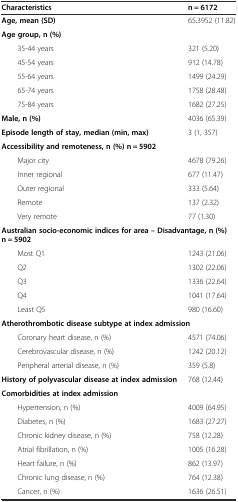
<table><thead><tr><td><b>Characteristics</b></td><td><b>n = 6172</b></td></tr></thead><tbody><tr><td><b>Age, mean (SD)</b></td><td>65.3952 (11.82)</td></tr><tr><td><b>Age group, n (%)</b></td><td></td></tr><tr><td>35-44 years</td><td>321 (5.20)</td></tr><tr><td>45-54 years</td><td>912 (14.78)</td></tr><tr><td>55-64 years</td><td>1499 (24.29)</td></tr><tr><td>65-74 years</td><td>1758 (28.48)</td></tr><tr><td>75-84 years</td><td>1682 (27.25)</td></tr><tr><td><b>Male, n (%)</b></td><td>4036 (65.39)</td></tr><tr><td><b>Episode length of stay, median (min, max)</b></td><td>3 (1, 357)</td></tr><tr><td colspan="2"><b>Accessibility and remoteness, n (%) n = 5902</b></td></tr><tr><td>Major city</td><td>4678 (79.26)</td></tr><tr><td>Inner regional</td><td>677 (11.47)</td></tr><tr><td>Outer regional</td><td>333 (5.64)</td></tr><tr><td>Remote</td><td>137 (2.32)</td></tr><tr><td>Very remote</td><td>77 (1.30)</td></tr><tr><td colspan="2"><b>Australian socio-economic indices for area – Disadvantage, n (%) n = 5902</b></td></tr><tr><td>Most Q1</td><td>1243 (21.06)</td></tr><tr><td>Q2</td><td>1302 (22.06)</td></tr><tr><td>Q3</td><td>1336 (22.64)</td></tr><tr><td>Q4</td><td>1041 (17.64)</td></tr><tr><td>Least Q5</td><td>980 (16.60)</td></tr><tr><td colspan="2"><b>Atherothrombotic disease subtype at index admission</b></td></tr><tr><td>Coronary heart disease, n (%)</td><td>4571 (74.06)</td></tr><tr><td>Cerebrovascular disease, n (%)</td><td>1242 (20.12)</td></tr><tr><td>Peripheral arterial disease, n (%)</td><td>359 (5.8)</td></tr><tr><td><b>History of polyvascular disease at index admission</b></td><td>768 (12.44)</td></tr><tr><td colspan="2"><b>Comorbidities at index admission</b></td></tr><tr><td>Hypertension, n (%)</td><td>4009 (64.95)</td></tr><tr><td>Diabetes, n (%)</td><td>1683 (27.27)</td></tr><tr><td>Chronic kidney disease, n (%)</td><td>758 (12.28)</td></tr><tr><td>Atrial fibrillation, n (%)</td><td>1005 (16.28)</td></tr><tr><td>Heart failure, n (%)</td><td>862 (13.97)</td></tr><tr><td>Chronic lung disease, n (%)</td><td>764 (12.38)</td></tr><tr><td>Cancer, n (%)</td><td>1636 (26.51)</td></tr></tbody></table>